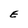
Character: E